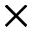
\times